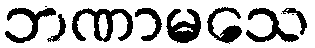
ဘဏာမသေ